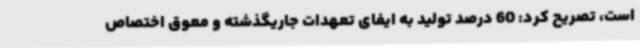
است، تصریح کرد: 60 درصد تولید به ایفای تعهدات جاریگذشته و معوق اختصاص